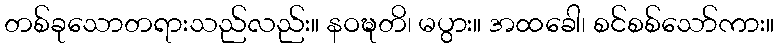
တစ်ခုသောတရားသည်လည်း။ နဝဍ္ဎတိ၊ မပွား။ အထခေါ၊ စင်စစ်သော်ကား။